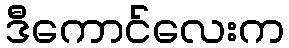
ဒီကောင်လေးက